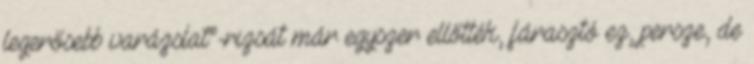
legerősebb varázslat”-rizsát már egyszer ellőtték, fárasztó ez, persze, de